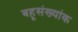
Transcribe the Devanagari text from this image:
बहूसंख्यांक